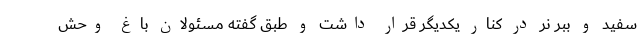
سفید و ببر نر در کنار یکدیگر قرار داشت و طبق گفته مسئولان باغ‌ وحش